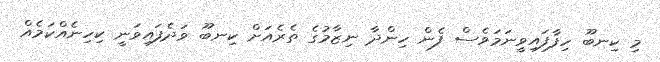
މި ކިނބޫ ހިފާފައިވީނަމަވެސް ފެން ހިންދާ ނިޒާމުގެ ތެރެއަށް ކިނބޫ ވަދެފައިވަނީ ކިހިނެއްކަމެއް